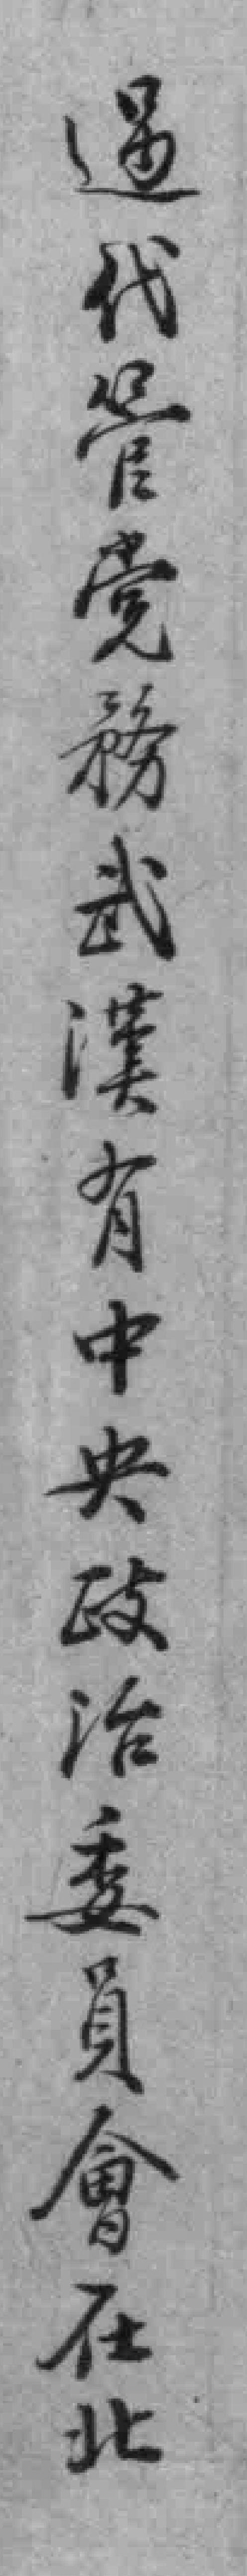
過代管党務武漢有中央政治委員會在北